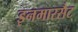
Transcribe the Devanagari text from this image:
इनमारसैट